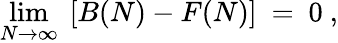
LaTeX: \operatorname*{lim}_{N\to\infty}~[B(N)-F(N)]~=~0~,